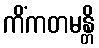
ကိံကတမန္တိ